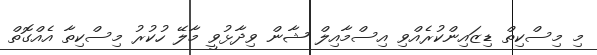
މި މިސްކިތް ޑިޒައިންކުރެއްވި އިސްމާއިލް ޝާން ވިދާޅުވީ މާލޭ ހުކުރު މިސްކިތާ އެއްގޮތް